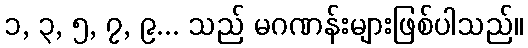
၁, ၃, ၅, ၇, ၉... သည် မဂဏန်းများဖြစ်ပါသည်။